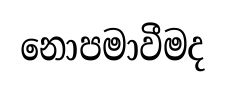
නොපමාවීමද